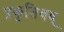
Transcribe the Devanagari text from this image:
प्रकृतिवद्